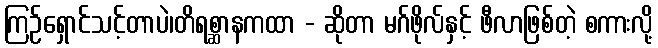
ကြဉ်ရှောင်သင့်တာပဲ၊တိရစ္ဆာနကထာ - ဆိုတာ မဂ်ဖိုလ်နှင့် ဖီလာဖြစ်တဲ့ စကားလို့